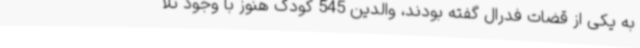
به یکی از قضات فدرال گفته بودند، والدین 545 کودک هنوز با وجود تلا